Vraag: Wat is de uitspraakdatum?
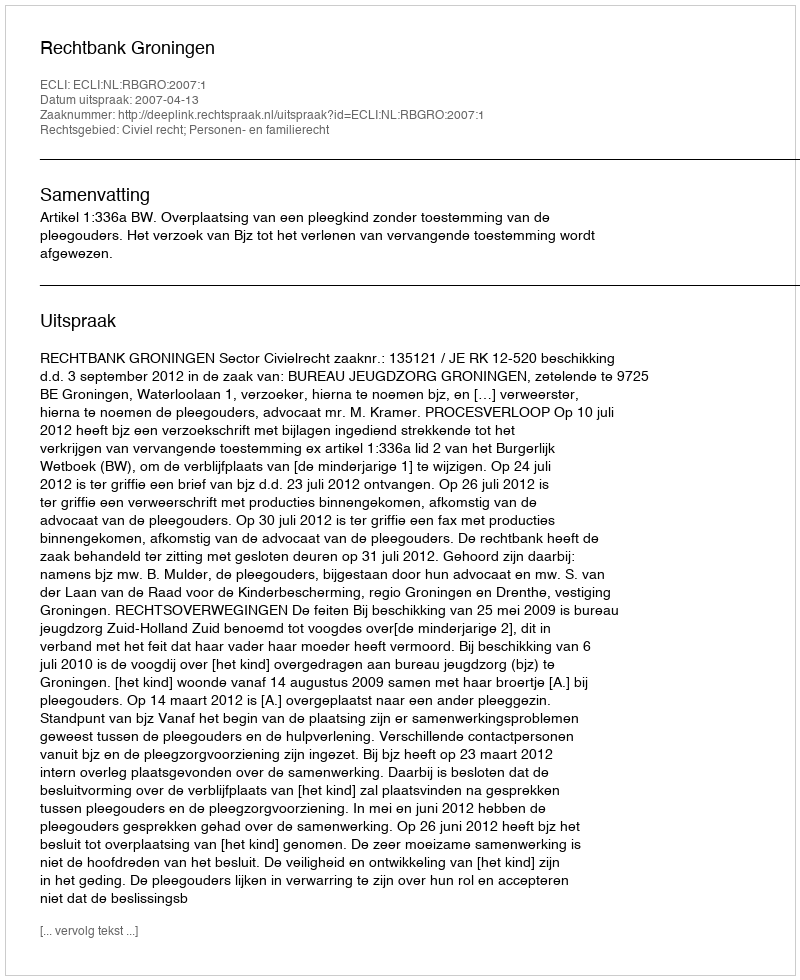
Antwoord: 2007-04-13